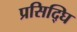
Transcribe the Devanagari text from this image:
प्रसिद्घि